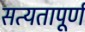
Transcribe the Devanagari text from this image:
सत्यतापूर्ण